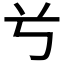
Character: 𠔃